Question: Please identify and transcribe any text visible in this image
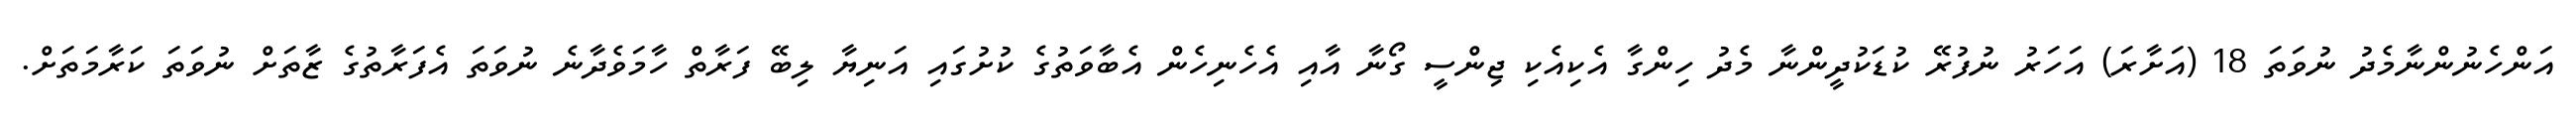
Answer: އަންހެނުންނާމެދު ނުވަތަ 18 (އަށާރަ) އަހަރު ނުފުރޭ ކުޑަކުދީންނާ މެދު ހިންގާ އެކިއެކި ޖިންސީ ގޯނާ އާއި އެހެނިހެން އެބާވަތުގެ ކުށުގައި އަނިޔާ ލިބޭ ފަރާތް ހާމަވެދާނެ ނުވަތަ އެފަރާތުގެ ޒާތަށް ނުވަތަ ކަރާމަތަށް.